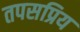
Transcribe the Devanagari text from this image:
तपसप्रिय